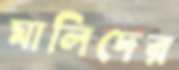
মালিদের